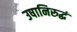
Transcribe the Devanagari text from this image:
उषानिरुद्धं